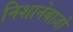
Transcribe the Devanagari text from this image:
निशानेबाज़ो